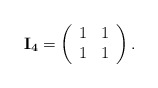
\begin{align*}{\bf I_{4}}=\left(\begin{array}{ll} 1 & 1 \\ 1 & 1\end{array}\right).\end{align*}